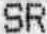
SR